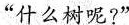
“什么树呢?”